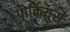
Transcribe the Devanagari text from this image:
पोर्कियुस